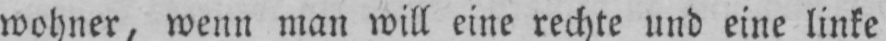
wohner, wenn man will eine rechte und eine linke